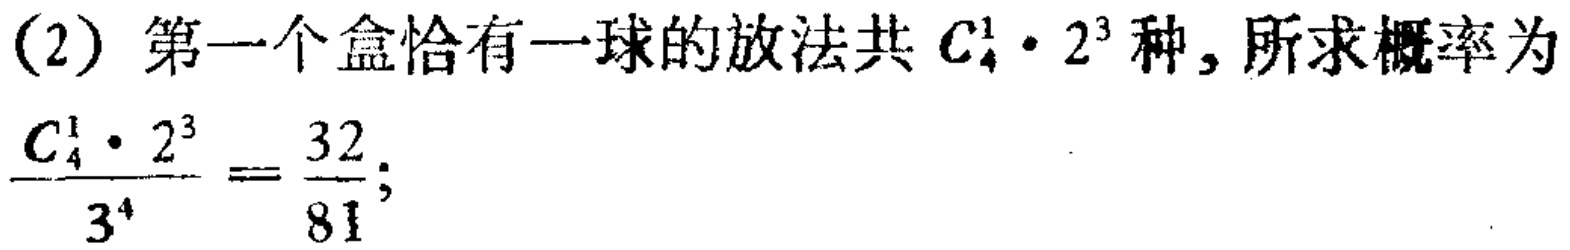
(2) 第一个盒恰有一球的放法共 \(C_{4}^{1} \cdot 2^{3}\) 种, 所求概率为
\(\frac{C_{4}^{1} \cdot 2^{3}}{3^{4}}=\frac{32}{81};\)